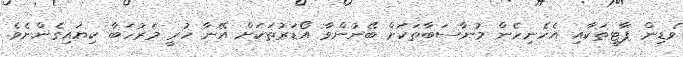
ވެޑިން ޕާޓީތަކާއި އެހެނިހެން މުނާސަބާތަކަށް ބޭނުންވާ އޯޑަރުތަކަށް އޭނާ ހުރީ މަރުހަބާ ކިޔައިގެންނެވެ.